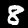
Label: 8